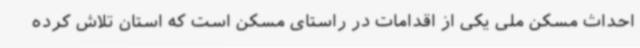
احداث مسکن ملی یکی از اقدامات در راستای مسکن است که استان تلاش کرده